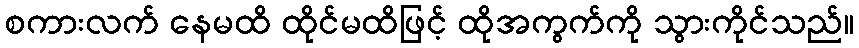
စကားလက် နေမထိ ထိုင်မထိဖြင့် ထိုအကွက်ကို သွားကိုင်သည်။